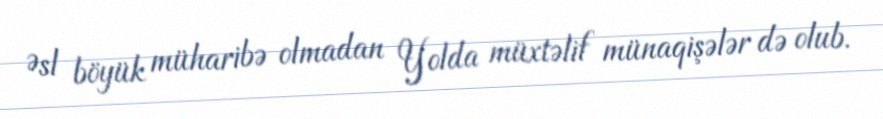
Əsl böyük müharibə olmadan Yolda müxtəlif münaqişələr də olub.